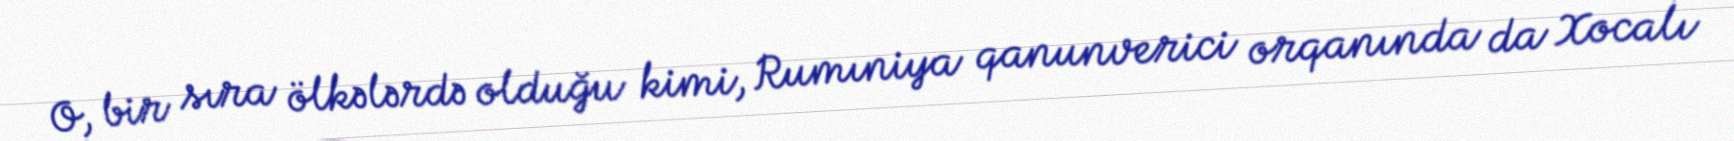
O, bir sıra ölkələrdə olduğu kimi, Rumıniya qanunverici orqanında da Xocalı